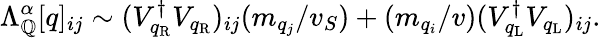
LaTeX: \Lambda_{\cal\mathbb{Q}}^{\alpha}[q]_{ij}\sim(V_{q_{\mathrm{{R}}}}^{\dagger}V_{q_{\mathrm{{R}}}})_{ij}(m_{q_{j}}/v_{S})+(m_{q_{i}}/v)(V_{q_{\mathrm{{L}}}}^{\dagger}V_{q_{\mathrm{{L}}}})_{ij}.